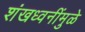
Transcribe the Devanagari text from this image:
शंखध्वनींमुळे